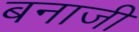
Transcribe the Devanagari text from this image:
बनाजी